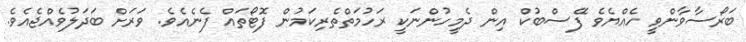
ބަރޯސާވާންވީ ހެއްޔެވެ ފޭސްބުކް އިން ދެމީހުންނަކީ ރަހުމަތްތެރިކަމުން ފޮޓޯތައް ފެނެއެވެ. ވަރަށް ބަދަލުވެއްޖެއެވެ.